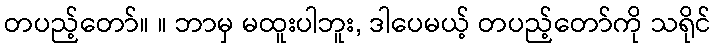
တပည့်တော်။ ။ ဘာမှ မထူးပါဘူး, ဒါပေမယ့် တပည့်တော်ကို သရိုင်